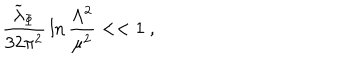
LaTeX: { \frac { { \widetilde \lambda } _ { \Phi } } { 3 2 \pi ^ { 2 } } } \ln { \frac { \Lambda ^ { 2 } } { \mu ^ { 2 } } } < < 1 ~ ,